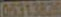
05313820